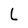
Character: L